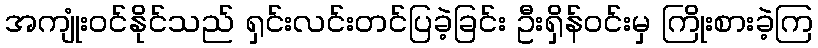
အကျုံးဝင်နိုင်သည် ရှင်းလင်းတင်ပြခဲ့ခြင်း ဦးရှိန်ဝင်းမှ ကြိုးစားခဲ့ကြ